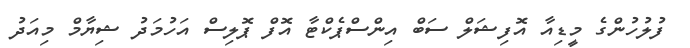
ފުލުހުންގެ މީޑިއާ އޮފިޝަލް ސަބް އިންސްޕެކްޓާ އޮފް ޕޮލިސް އަހުމަދު ޝިޔާމް މިއަދު